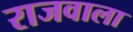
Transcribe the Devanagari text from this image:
राजवाला